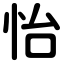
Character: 怡